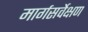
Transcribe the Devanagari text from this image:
मार्गसर्वेक्षण